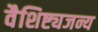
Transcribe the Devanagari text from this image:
वैशिष्ट्यजन्य